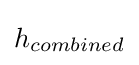
h_{combined}